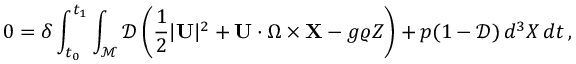
0 = \delta \int _ { t _ { 0 } } ^ { t _ { 1 } } \int _ { \mathcal { M } } \mathscr { D } \left( \frac { 1 } { 2 } | \mathbf { U } | ^ { 2 } + \mathbf { U } \cdot \boldsymbol { \Omega } \times { \mathbf { X } } - g \varrho Z \right) + p ( 1 - \mathscr { D } ) \, d ^ { 3 } X \, d t \, ,